system: You are a helpful assistant.
user:
Analyze the provided spectrum to determine if it is a **Carbon Star (C-type)**.

- **Key Visual Indicators of Carbon Star:**
    - **(Primary):** Strong molecular absorption from **C₂ (diatomic carbon) "Swan Bands."** This is the **defining feature** of a carbon star.
        - **(Key Bandheads):** Sharp absorption edges are visible at approximately $5635$ Å, $5165$ Å (the strongest band), and $4737$ Å.
        - **(Line Profile):** Creates a distinct **"saw-tooth"** pattern. The key morphology is a sharp, steep bandhead on the **red (long-wavelength) side**, which then gradually tapers off (i.e., flux recovers) towards the **blue (short-wavelength) side**. *(This is the direct opposite of the TiO bands seen in M-type stars)*.

    - **(Secondary):** Intense **CN (cyanogen)** molecular absorption bands.
        - **(Key Bandheads):** Located in the blue and violet regions of the spectrum (e.g., near $4215$ Å and $3883$ Å).
        - **(Morphology):** These bands are extremely broad and act as a "blanket," absorbing the vast majority of blue and violet light. This creates a characteristic **"cliff"** or **"steep drop-off"** in the spectrum's flux at short wavelengths.

    - **(Key Confirmation):** Strong **CH absorption band (G-band)**.
        - **(Key Bandhead):** Located around $4300$ Å. The contribution from CH molecules to this band is exceptionally strong.

    - **(Overall Spectrum):**
        - The continuum is severely "chopped up" by these deep molecular bands, especially C₂, rather than appearing as a smooth curve.
        - Due to the heavy CN and C₂ absorption in the blue-green, the vast majority of the star's flux is concentrated in the red part of the spectrum, giving the star its characteristic deep red color.

Think first, call **spectral_visualization_tool** if needed to examine features in detail, then provide your final answer. Your response must adhere to the following strict rules:
1.  **Overall Structure:** Your response must follow the format `<think>...</think> <tool_call>...</tool_call> (if a tool is used) <answer>...</answer>`.
2.  **Tool Usage Constraint:** You may only make **one** tool call per turn.
3.  **Final Answer Format:** In the `<answer>` tag, your conclusion must be inside a `\boxed{}` command (e.g., `\boxed{YES}`), followed by your justification.

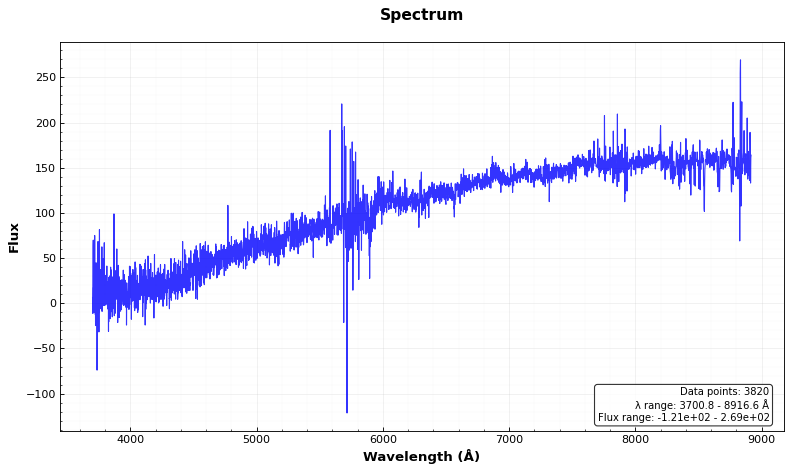
Answer: NO